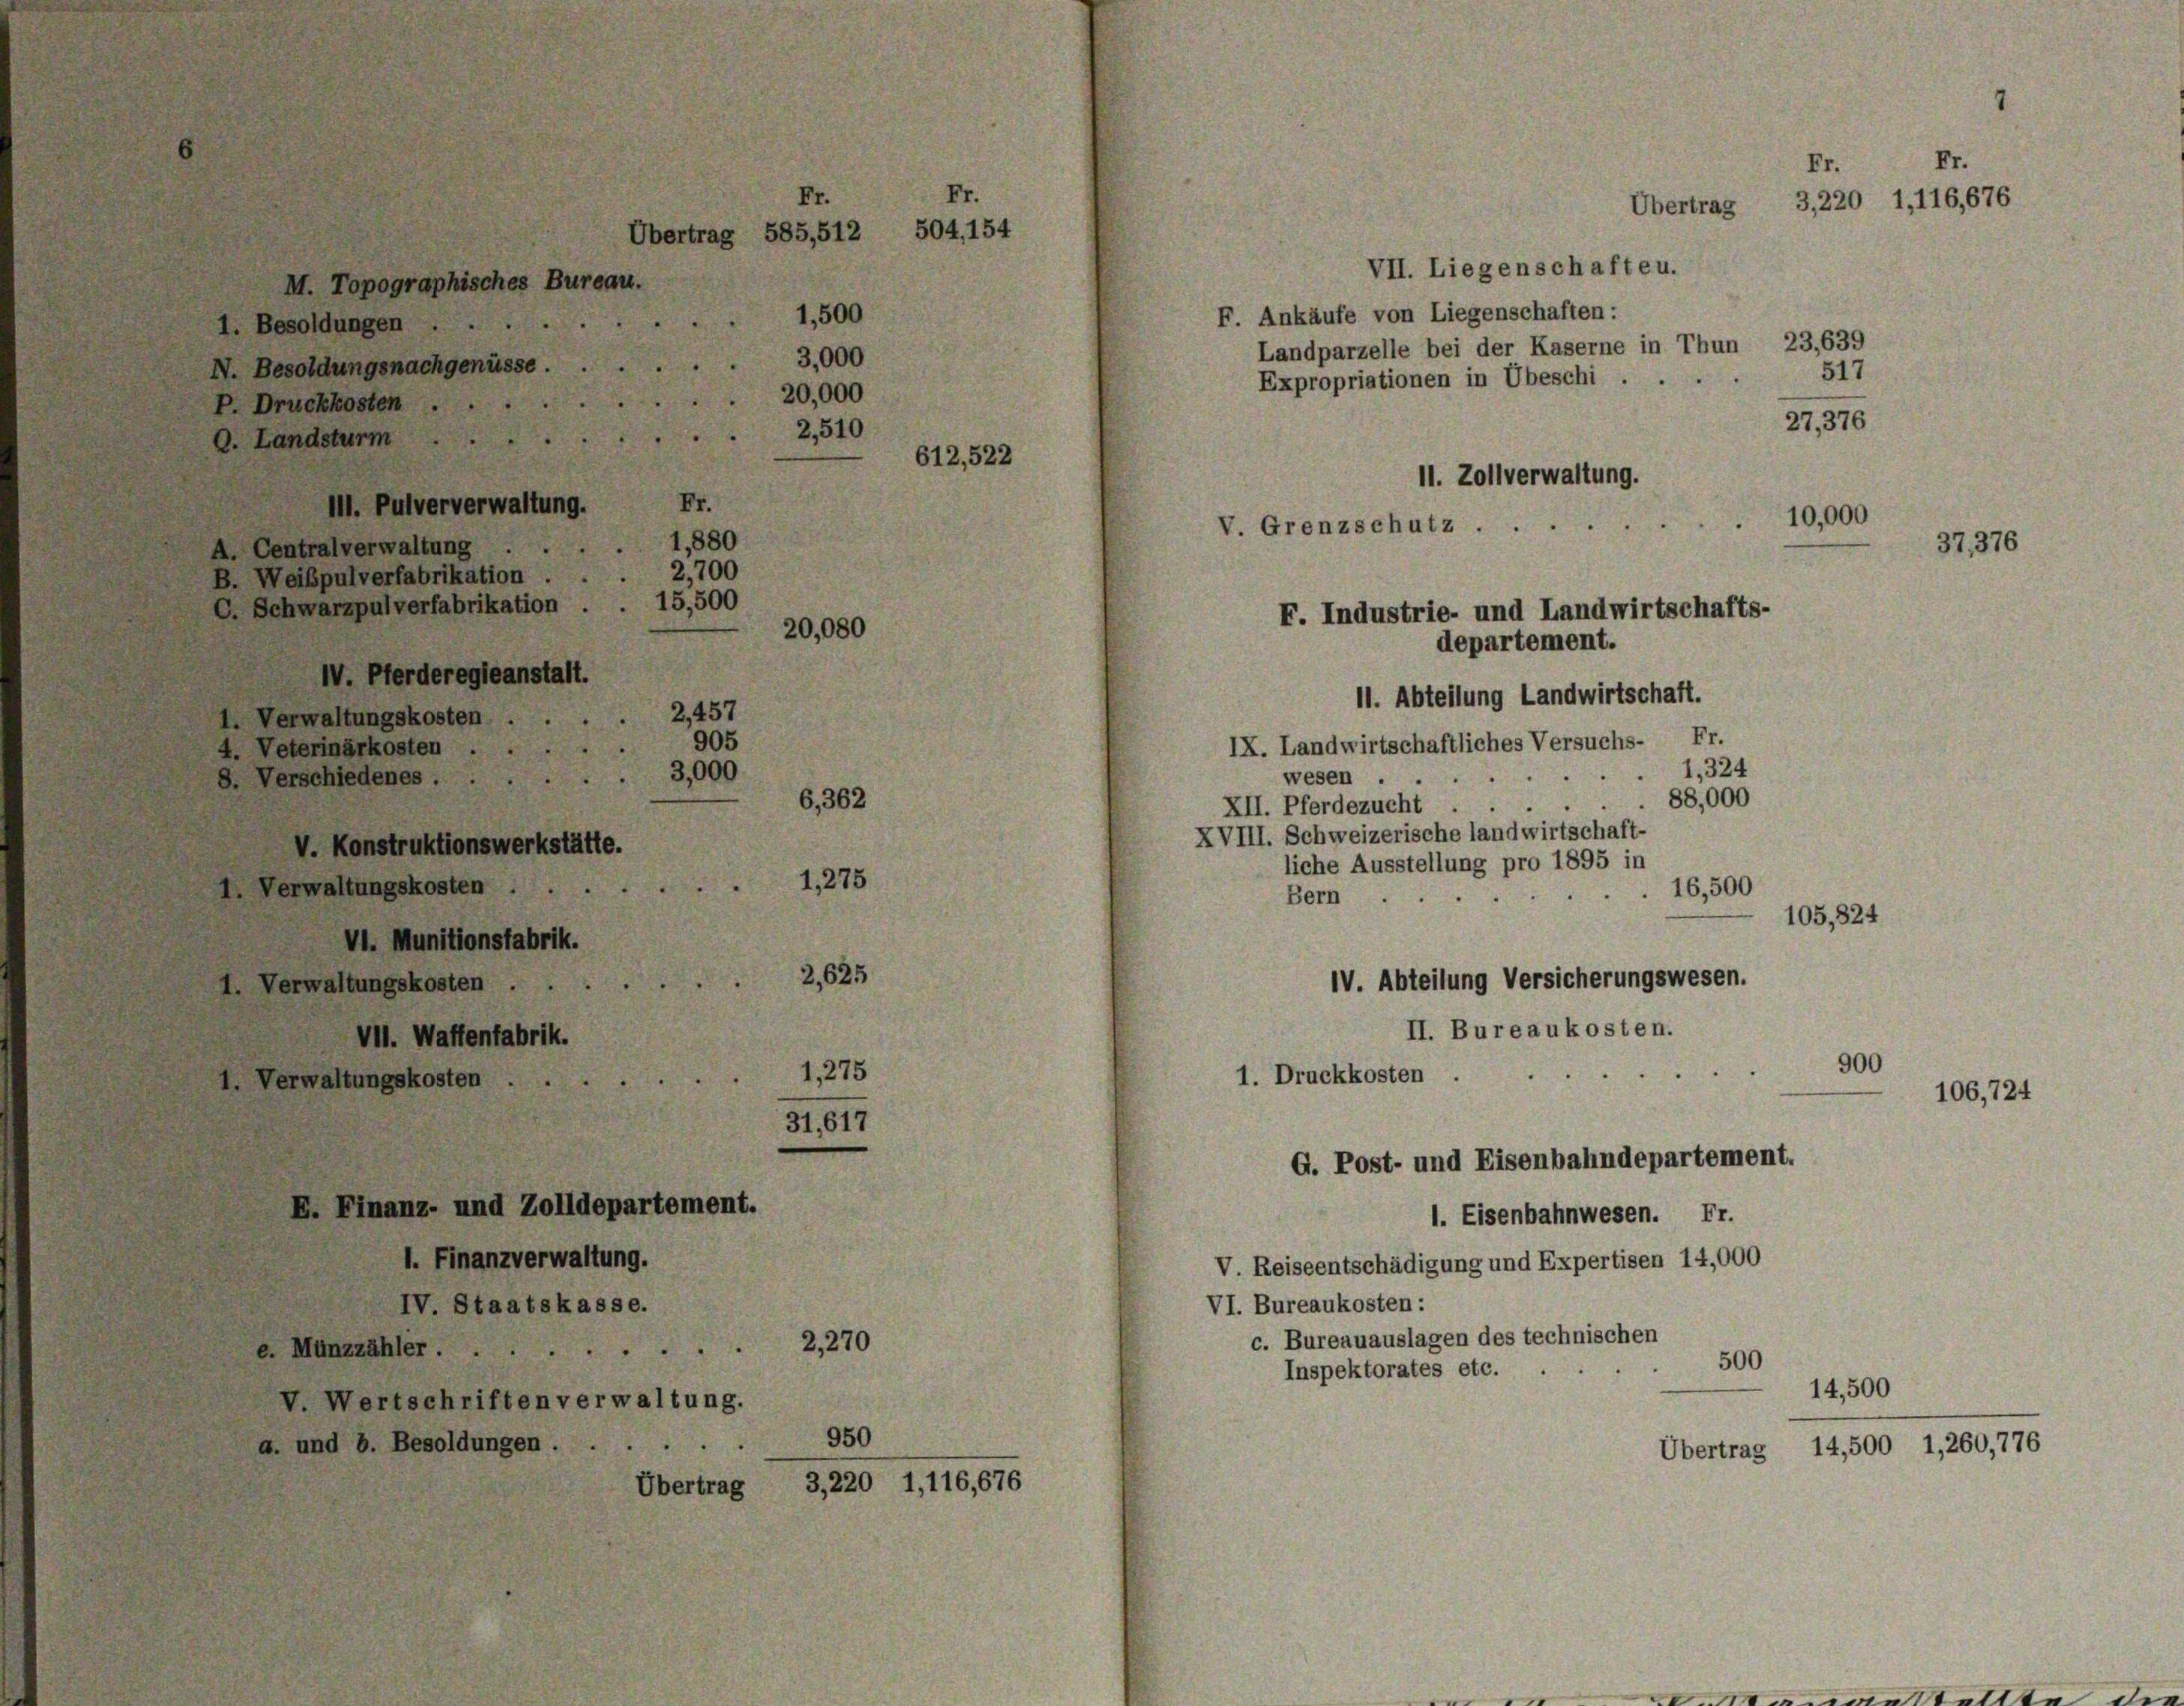
F. Ankäufe von Liegenschaften:
1,500
1. Besoldungen . .
Landparzelle bei der Kaserne in Thun 23,639
3,000
N. Besoldungsnachgenüsse.
Expropriationen in Übeschi ...
P. Druckkosten .
0. Landsturm
11. Abteilung Landwirtschaft.
IX. Landwirtschaftliches Versuchs- Fr.
1,324
wesen
88,000
.
XII. Pferdezucht
XVIII. Schweizerische landwirtschaft-
liche Ausstellung pro 1895 in
1,275
1. Verwaltungskosten
16,500
.
Bern
105,82
VI. Munitionsfabrik.
2,625
IV. Abteilung Versicherungswesen.
1. Verwaltungskosten
II. Bureaukosten.
VII. Waffenfabrik.
1,275

1. Druckkosten
1. Verwaltungskosten
31,617
G. Post- und Eisenbahndepartement.
E. Finanz- und Zolldepartement.
1. Eisenbahnwesen. Fr.
1. Finanzverwaltung.
V. Reiseentschädigung und Expertisen 14,000
IV. Staatskasse.
VI. Bureaukosten:
c. Bureauauslagen des technischen
e. Münzzähler 2,270
500
Inspektorates etc.
V. Wertschriften verwaltung.
950
a. und b. Besoldungen.
3,220 1,116,676
Übertrag

Fr.
III. Pulververwaltung
1,880
A. Centralverwaltung
2,700
B. Weibpulverfabrikation.
15,500
C. Schwarzpulverfabrikation
20,080
IV. Pferderegieanstalt.
2,457
1. Verwaltungskosten ..
905
4. Veterinärkosten.
3,000
8. Verschiedenes.
.
6,362
V. Konstruktionswerkstätte.

Fr.
Fr.
504, 154
Übertrag 585,512
M. Topographisches Bureau.

20,000
2,510
612,522

11. Zollverwaltung.
F. Industrie- und Landwirtschafts-
departement.

V. Grenzschutz

VII. Liegenschafte u.

Fr.
Fr.
Übertrag 3,220 1,116,676

517
27,376

10,000
37,376

4

900

106,724

14,500
Übertrag 14,500 1,260,776